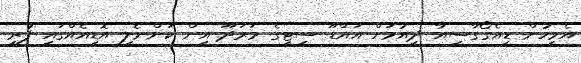
އެމީހުން ޑިއެގޯގާސިއާ ދިއުމަށް އައްޑޫ ސިޓީގެ މަރަދޫ އިން ކަންނެލި އޮޑިއެއްގައި ފުރީ